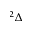
^ 2 \Delta